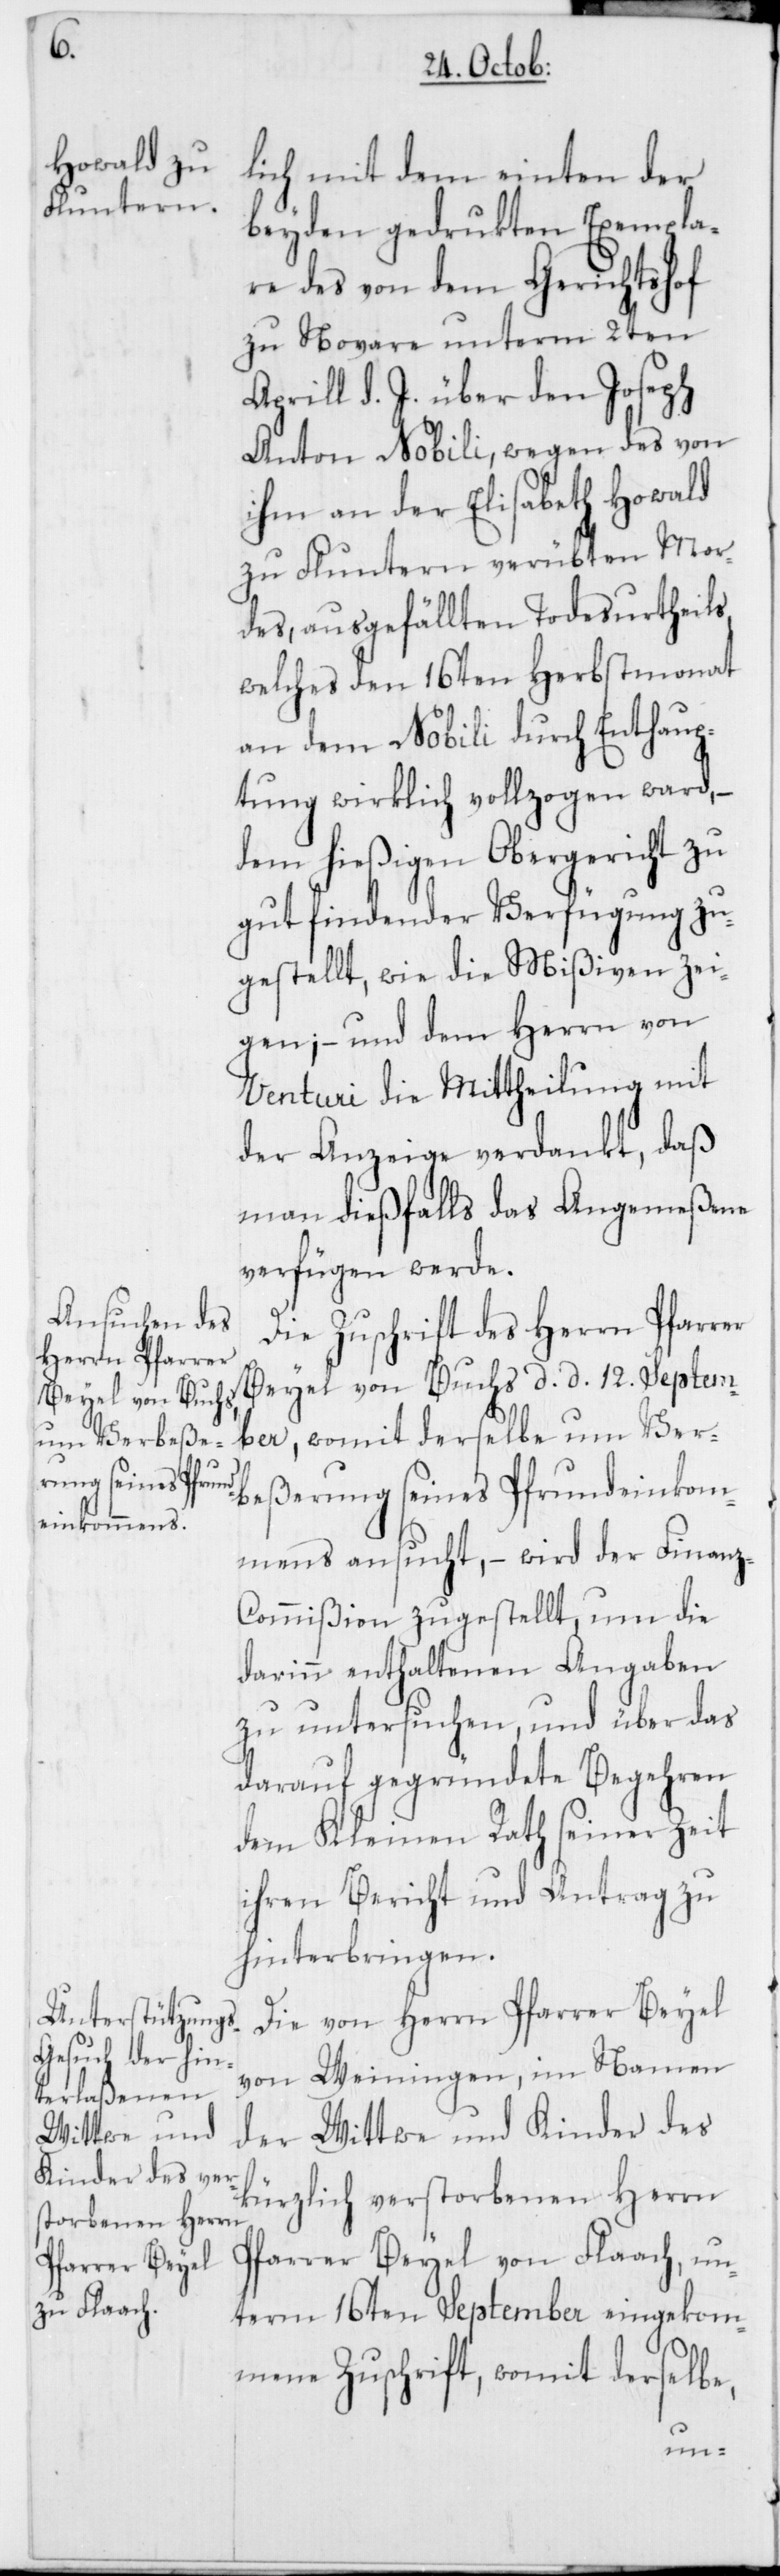
lich mit dem einten der
beyden gedrukten Exempla¬
re des von dem Gerichtshof
zu Novare unterm 2ten
Aprill d. J. über den Joseph
Anton Nobili, wegen des von
ihm an der Elisabeth Howald
zu Fluntern verübten Mor¬
des, ausgefällten Todesurtheils,
welches den 16ten Herbstmonat
an dem Nobili durch Enthaup¬
tung wirklich vollzogen ward,
dem hießigen Obergericht zu
gut findender Verfügung zu¬
gestellt, wie die Mißiven zei¬
gen; – und dem Herrn von
Venturi die Mittheilung mit
der Anzeige verdankt, daß
man dießfalls das Angemeßene
verfügen werde.
Die Zuschrift des Herrn Pfarrer
Beyel von Buchs d. d. 12. Septem¬
ber, womit derselbe um Ver¬
beßerung seines Pfrundeinkom¬
mens ansucht, – wird der Finanz-C¬
ommißion zugestellt, um die
darinn enthaltenen Angaben
zu untersuchen, und über das
darauf gegründete Begehren
dem Kleinen Rath seiner Zeit
ihren Bericht und Antrag zu
hinterbringen.
Die von Herrn Pfarrer Beyel
von Weiningen, im Namen
der Wittwe und Kinder des
kürzlich verstorbenen Herrn
Pfarrer Beyel von Flaach, un¬
term 16ten September eingekom¬
mene Zuschrift, womit derselbe,